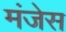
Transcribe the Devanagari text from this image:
मंजेस